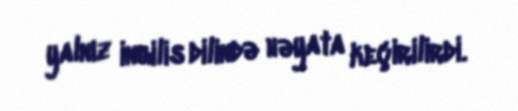
yalnız ingilis dilində həyata keçirilirdi.